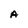
Character: A